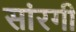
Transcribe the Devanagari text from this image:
सांरगी